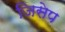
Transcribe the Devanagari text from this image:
जिसेप